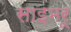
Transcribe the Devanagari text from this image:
साइमरू